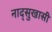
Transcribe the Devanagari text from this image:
नाद्सुखासी